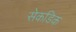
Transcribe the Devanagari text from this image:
सेकडिक